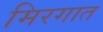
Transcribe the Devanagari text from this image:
मिरगात